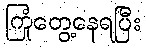
ကြုံတွေ့နေရပြီး